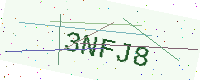
Text: 3NFJ8